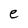
Character: e